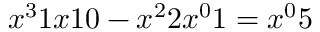
{ x ^ { 3 } } 1 { x } 1 0 - { x ^ { 2 } } 2 { x ^ { 0 } } 1 = { x ^ { 0 } } 5